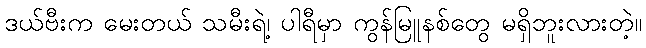
ဒယ်ဗီးက မေးတယ် သမီးရဲ့၊ ပါရီမှာ ကွန်မြူနစ်တွေ မရှိဘူးလားတဲ့။